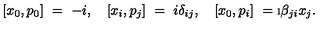
[ x _ { 0 } , p _ { 0 } ] \ = \ - i , \quad [ x _ { i } , p _ { j } ] \ = \ i \delta _ { i j } , \quad [ x _ { 0 } , p _ { i } ] \ = \i \beta _ { j i } x _ { j } .